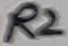
Text: R2